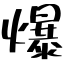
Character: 爆